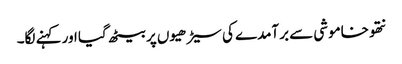
نتھو خاموشی سے برآمدے کی سیڑھیوں پر بیٹھ گیا اور کہنے لگا۔